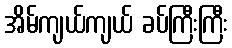
အိမ်ကျယ်ကျယ် ခပ်ကြီးကြီး